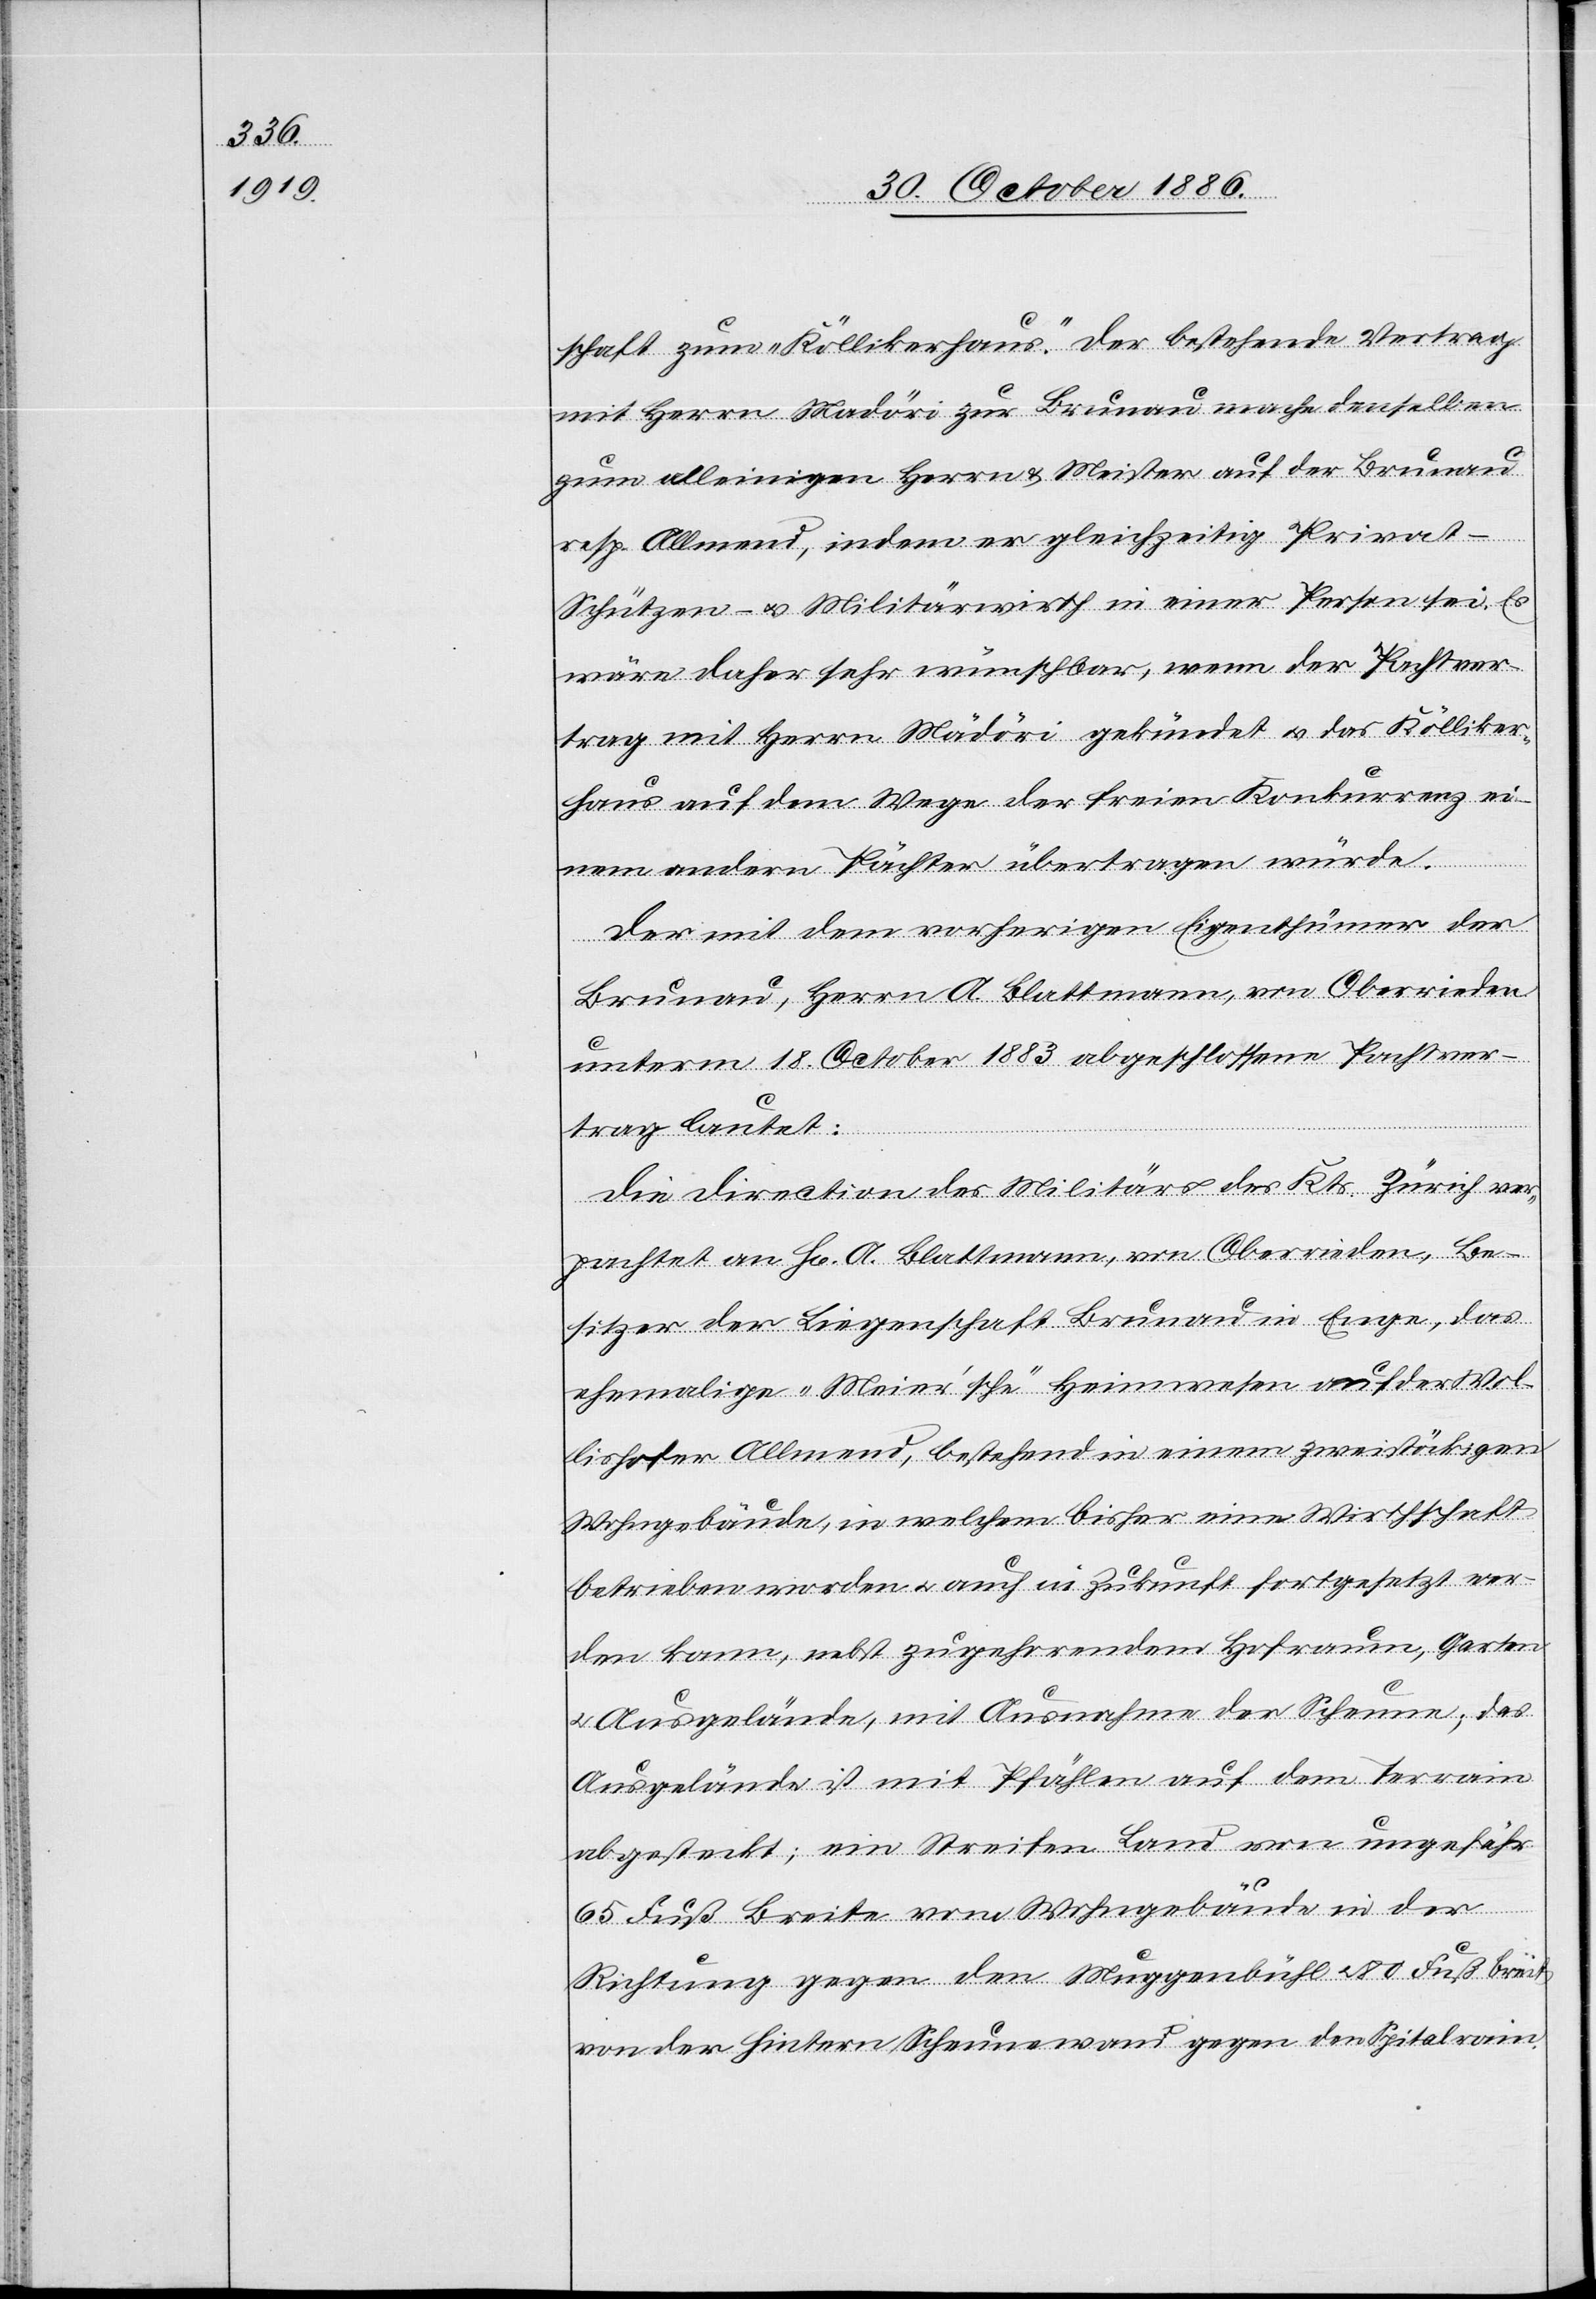
schaft zum „Köllikerhaus“. Der bestehende Vertrag
mit Herrn Madöri zur Brunau mache denselben
zum alleinigen Herrn & Meister auf der Brunau
resp. Allmend, indem er gleichzeitig Priva¬
t-Schützen- & Militärwirth in einer Person sei. Es
wäre daher sehr wünschbar, wenn der Pachtver¬
trag mit Herrn Mädöri [sic!] gekündet & das Kölliker¬
haus auf dem Wege der freien Konkurrenz ei¬
nem andern Pächter übertragen würde.
Der mit dem vorherigen Eigenthümer der
Brunau, Herrn A. Blattmann, von Oberrieden
unterm 18. October 1883 abgeschlossene Pachtver¬
trag lautet:
Die Direction des Militärs des Kts. Zürich ver¬
pachtet an H[errn] A. Blattmann, von Oberrieden, Be¬
sitzer der Liegenschaft Brunau in Enge, das
ehemalige „Meier’sche“ Heimwesen auf der Wol¬
lishofer Allmend, bestehend in einem zweistöckigen
Wohngebäude, in welchem bisher eine Wirthschaft
betrieben worden & auch in Zukunft fortgesetzt wer¬
den kann, nebst zugehorendem [sic!] Hofraum, Garten
& Ausgelände, mit Ausnahme der Scheune; das
Ausgelände ist mit Pfählen auf dem Terrain
abgesteckt; ein Streifen Land von ungefähr
65 Fuß Breite vom Wohngebäude in der
Richtung gegen den Muggenbühl & 80 Fuß breit
von der hintern Scheunewand gegen den Spitalrain.